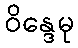
ဝိန္ဒေမု